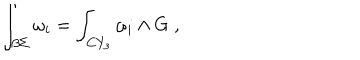
\int _ { \beta \Sigma } \omega _ { i } = \int _ { C Y _ { 3 } } \omega _ { i } \wedge G \; ,